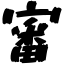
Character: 審